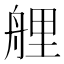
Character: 艃